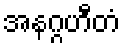
အနဂ္ဂဟီတံ